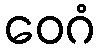
ဝေဂံ